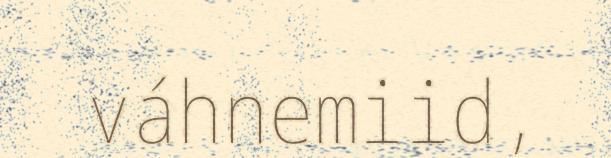
váhnemiid,